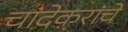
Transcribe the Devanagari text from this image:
चांदेकरांचे